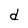
Character: d